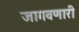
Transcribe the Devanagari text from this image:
जागवणारी